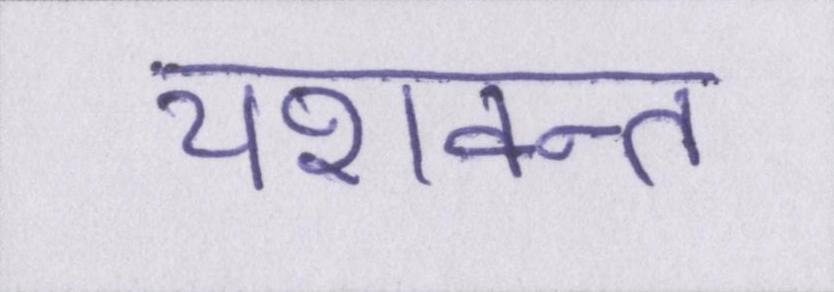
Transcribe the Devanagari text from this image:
यशवन्त